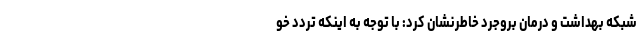
شبکه بهداشت و درمان بروجرد خاطرنشان کرد: با توجه به اینکه تردد خو